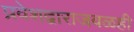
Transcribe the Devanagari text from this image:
प्रवेशद्वाराजवळही